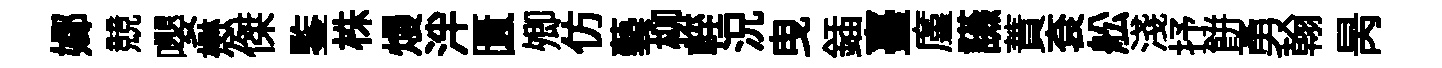
嫏競嚶懋傑鍳株熳泮匱𡖖仿藝柳輊況曳鍤臺廑讌蕡袞舩淺抒餅勇翰昺